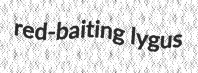
red-baiting lygus